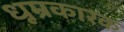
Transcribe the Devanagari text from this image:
धूम्रकारक